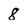
Character: 8